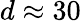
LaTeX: d\approx 30